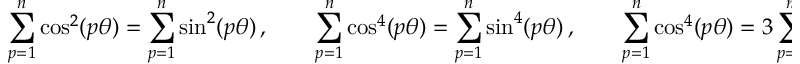
\sum _ { p = 1 } ^ { n } \cos ^ { 2 } ( p \theta ) = \sum _ { p = 1 } ^ { n } \sin ^ { 2 } ( p \theta ) \, , \qquad \sum _ { p = 1 } ^ { n } \cos ^ { 4 } ( p \theta ) = \sum _ { p = 1 } ^ { n } \sin ^ { 4 } ( p \theta ) \, , \qquad \sum _ { p = 1 } ^ { n } \cos ^ { 4 } ( p \theta ) = 3 \sum _ { p = 1 } ^ { n } \cos ^ { 2 } ( p \theta ) \sin ^ { 2 } ( p \theta ) \, .